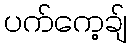
ပက်ကေ့ချ်